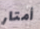
أمتار